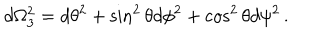
d \Omega _ { 3 } ^ { 2 } = d \theta ^ { 2 } + \sin ^ { 2 } \theta d \phi ^ { 2 } + \cos ^ { 2 } \theta d \psi ^ { 2 } \, .